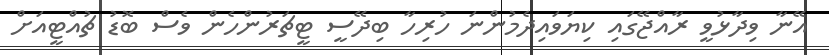
އޭނާ ވިދާޅުވީ ރާއްޖޭގައި ކިޔަވައިދެމުންނަ ހުރިހާ ބިދޭސީ ޓީޗަރުންހެން ވެސް ބޮޑު ޗުއްޓީއަށް